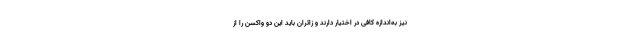
نیز به‌اندازه کافی در اختیار دارند و زائران باید این دو واکسن را از